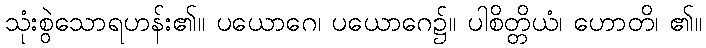
သုံးစွဲသောရဟန်း၏။ ပယောဂေ၊ ပယောဂေ၌။ ပါစိတ္တိယံ၊ ဟောတိ၊ ၏။